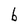
Character: b